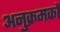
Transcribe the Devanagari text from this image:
अनुक्रमकों